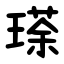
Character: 瑹